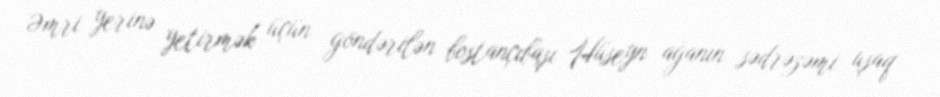
Əmri yerinə yetirmək üçün göndərilən bostançıbaşı Hüseyn ağanın sədrəzəmi uşaq